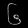
Digit: ၆